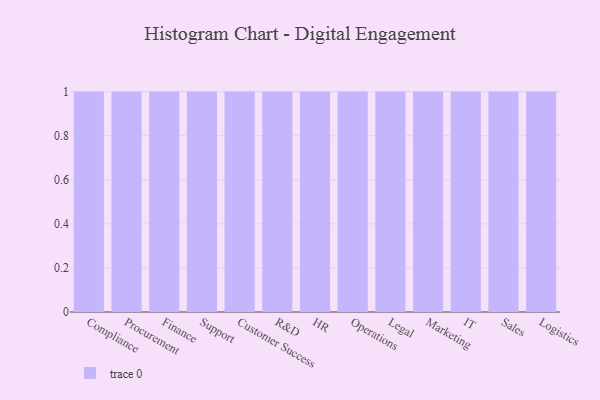
{"axis": {"x": "Department", "y": "Waste Production (Tons)"}, "legend": [""], "data": [{"x": "Compliance", "y": 3, "type": ""}, {"x": "Procurement", "y": 44, "type": ""}, {"x": "Finance", "y": 100, "type": ""}, {"x": "Support", "y": 48, "type": ""}, {"x": "Customer Success", "y": 54, "type": ""}, {"x": "R&D", "y": 42, "type": ""}, {"x": "HR", "y": 96, "type": ""}, {"x": "Operations", "y": 2, "type": ""}, {"x": "Legal", "y": 52, "type": ""}, {"x": "Marketing", "y": 61, "type": ""}, {"x": "IT", "y": 66, "type": ""}, {"x": "Sales", "y": 71, "type": ""}, {"x": "Logistics", "y": 82, "type": ""}]}